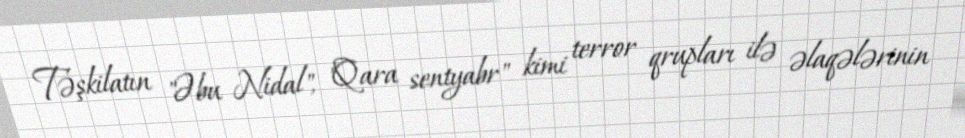
Təşkilatın "Əbu Nidal", "Qara sentyabr" kimi terror qrupları ilə əlaqələrinin